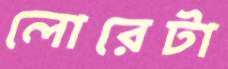
লোরেটা